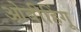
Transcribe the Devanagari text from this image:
ओबीहिंगू